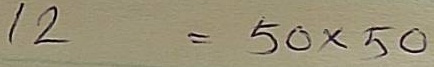
12 = 50 x 50